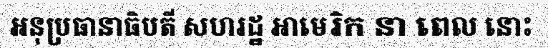
អនុប្រធានាធិបតី សហរដ្ឋ អាមេរិក នា ពេល នោះ